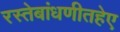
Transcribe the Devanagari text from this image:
रस्तेबांधणीतहेए